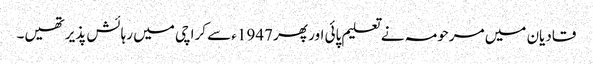
قادیان میں مرحومہ نے تعلیم پائی اور پھر 1947ء سے کراچی میں رہائش پذیر تھیں۔